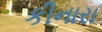
કીનારા